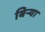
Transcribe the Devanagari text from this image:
बिर्‍या